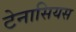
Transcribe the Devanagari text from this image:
टेनासियस